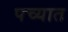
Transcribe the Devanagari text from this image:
पच्यात